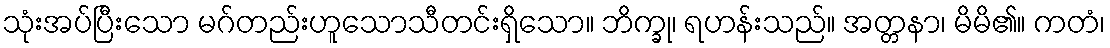
သုံးအပ်ပြီးသော မဂ်တည်းဟူသောသီတင်းရှိသော။ ဘိက္ခု၊ ရဟန်းသည်။ အတ္တနာ၊ မိမိ၏။ ကတံ၊